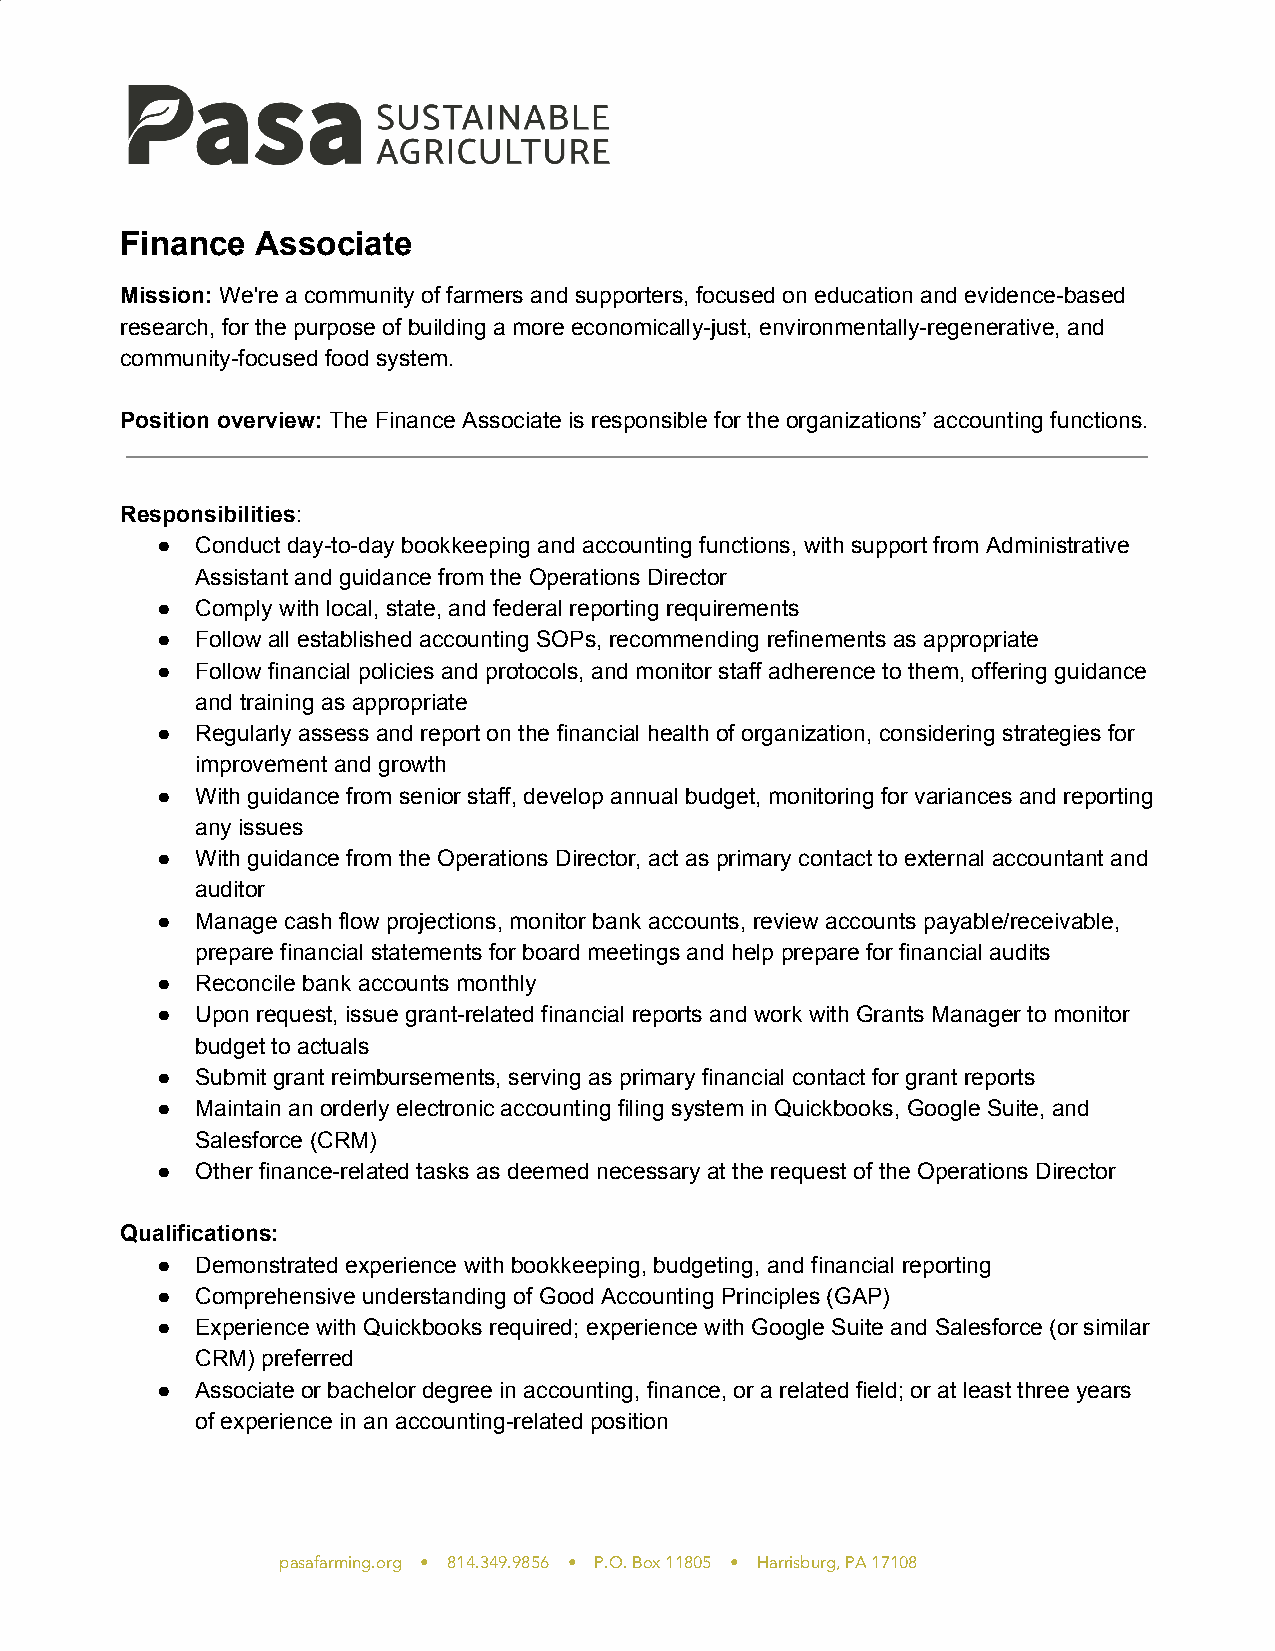
Finance  Associate
 Mission: We're a community of farmers and supporters, focused on education and evidence-based
 ​
 research, for the purpose of building a more economically-just, environmentally-regenerative, and
 community-focused food system.
 Position overview: The Finance Associate is responsible for the organizations’ accounting functions.
 ​
 Responsibilities:
 ​
 ●  Conduct day-to-day bookkeeping and accounting functions, with support from Administrative
 Assistant and guidance from the Operations Director
 ●  Comply with local, state, and federal reporting requirements
 ●  Follow all established accounting SOPs, recommending refinements as appropriate
 ●  Follow financial policies and protocols, and monitor staff adherence to them, offering guidance
 and training as appropriate
 ●  Regularly assess and report on the financial health of organization, considering strategies for
 improvement and growth
 ●  With guidance from senior staff, develop annual budget, monitoring for variances and reporting
 any issues
 ●  With guidance from the Operations Director, act as primary contact to external accountant and
 auditor
 ●  Manage cash flow projections, monitor bank accounts, review accounts payable/receivable,
 prepare financial statements for board meetings and help prepare for financial audits
 ●  Reconcile bank accounts monthly
 ●  Upon request, issue grant-related financial reports and work with Grants Manager to monitor
 budget to actuals
 ●  Submit grant reimbursements, serving as primary financial contact for grant reports
 ●  Maintain an orderly electronic accounting filing system in Quickbooks, Google Suite, and
 Salesforce (CRM)
 ●  Other finance-related tasks as deemed necessary at the request of the Operations Director
 Qualifications:
 ●  Demonstrated experience with bookkeeping, budgeting, and financial reporting
 ●  Comprehensive understanding of Good Accounting Principles (GAP)
 ●  Experience with Quickbooks required; experience with Google Suite and Salesforce (or similar
 CRM) preferred
 ●  Associate or bachelor degree in accounting, finance, or a related field; or at least three years
 of experience in an accounting-related position
 pasafarming.org • 814.349.9856 • P.O. Box 11805 • Harrisburg, PA 17108